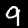
Label: 9